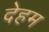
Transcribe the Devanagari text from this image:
देहम